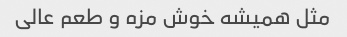
مثل همیشه خوش مزه و طعم عالی